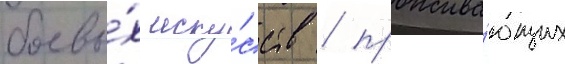
боевы́х иску́сств / прожива́ющих